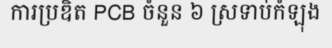
ការប្រឌិត PCB ចំនួន ៦ ស្រទាប់កំឡុង